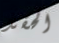
الحقد